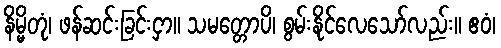
နိမ္မိတုံ၊ ဖန်ဆင်းခြင်းငှာ။ သမတ္တောပိ၊ စွမ်းနိုင်လေသော်လည်း။ ဧဝံ၊